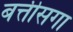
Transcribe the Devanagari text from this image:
बत्तीसगा